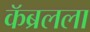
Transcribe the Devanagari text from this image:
कॅब्रलला